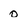
Character: 0